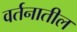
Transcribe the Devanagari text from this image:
वर्तनातील